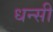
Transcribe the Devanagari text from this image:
धन्सी